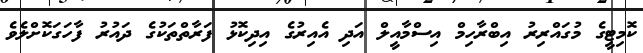
ކޮމިޓީގެ މުގައްރިރު އިބްރާހިމް އިސްމާއީލް އަދި އެއިރުގެ އިދިކޮޅު ފަރާތްތަކުގެ ދައުރު ފާހަގަކޮށްލެވެ